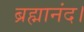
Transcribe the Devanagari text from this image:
ब्रह्मानंद।